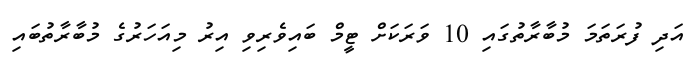
އަދި ފުރަތަމަ މުބާރާތުގައި 10 ވަރަކަށް ޓީމް ބައިވެރިވި އިރު މިއަހަރުގެ މުބާރާތުބައި